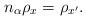
LaTeX: \begin{align*}n_\alpha\rho_x=\rho_{x'}.\end{align*}